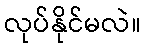
လုပ်နိုင်မလဲ။